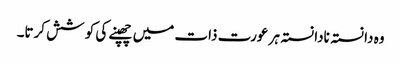
وہ دا نستہ نادا نستہ ہر عورت ذات میں چھپنے کی کو شش کرتا۔